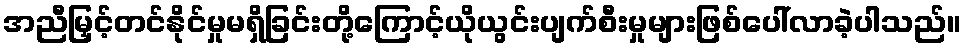
အညီမြှင့်တင်နိုင်မှုမရှိခြင်းတို့ကြောင့်ယိုယွင်းပျက်စီးမှုများဖြစ်ပေါ်လာခဲ့ပါသည်။